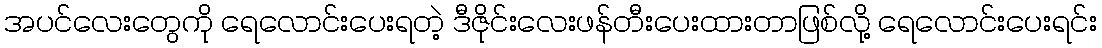
အပင်လေးတွေကို ရေလောင်းပေးရတဲ့ ဒီဇိုင်းလေးဖန်တီးပေးထားတာဖြစ်လို့ ရေလောင်းပေးရင်း